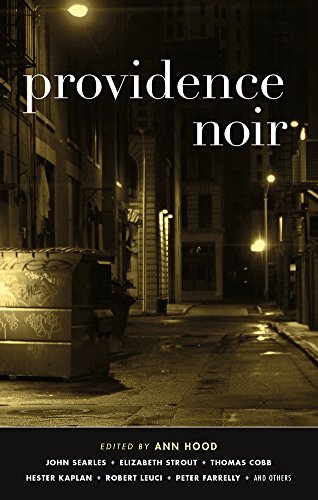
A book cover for Providence Noir (Akashic Noir); Mystery, Thriller & Suspense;